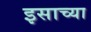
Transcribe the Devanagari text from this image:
इसाच्या